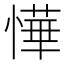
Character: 㦊